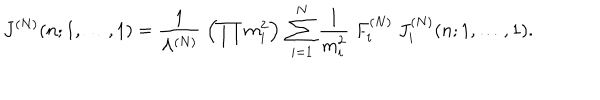
J ^ { ( N ) } ( n ; 1 , \ldots , 1 ) = \frac { 1 } { \Lambda ^ { ( N ) } } \; \left( \prod m _ { i } ^ { 2 } \right) \; \sum _ { i = 1 } ^ { N } \frac { 1 } { m _ { i } ^ { 2 } } \; F _ { i } ^ { ( N ) } \; J _ { i } ^ { ( N ) } ( n ; 1 , \ldots , 1 ) .